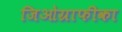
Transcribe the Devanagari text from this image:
जिओग्राफीका